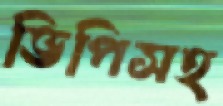
ভিপিসহ